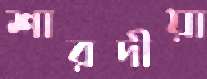
শারদীয়া